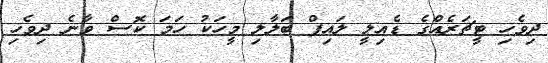
ދިވެހި ޓީޗަރެއްގެ ޑެއިލީ ލައިފް ބަލާލި މީހަކު ހަމަ ކޮސް ވާނެ ދިވެހި